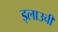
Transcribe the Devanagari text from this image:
ड्लाउची